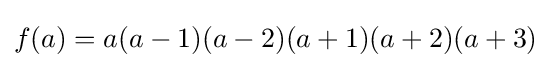
f(a)=a(a-1)(a-2)(a+1)(a+2)(a+3)